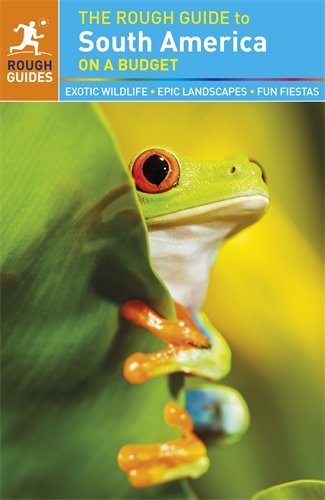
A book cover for The Rough Guide to South America On a Budget; Rough Guides; Travel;